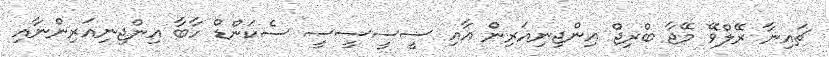
ޗައިނާ ރޭލްވޭ މޭޖާ ބްރިޖް އިންޖިނިއަރިން އާއި ސީސީސީސީ ސެކަންޑް ހާބާ އިންޖިނިއަރިންނާއި